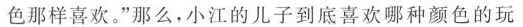
色那样喜欢。”那么，小江的儿子到底喜欢哪种颜色的玩